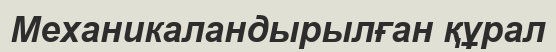
Механикаландырылған құрал